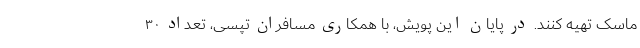
ماسک تهیه کنند. در پایان این پویش، با همکاری مسافران تپسی، تعداد ۳۰